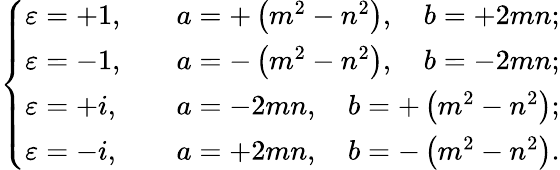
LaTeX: {\left\{ \begin{array}{ll}{\varepsilon=+1,}&{\quad a=+\left(m^{2}-n^{2}\right),\quad b=+2mn;}\\ {\varepsilon=-1,}&{\quad a=-\left(m^{2}-n^{2}\right),\quad b=-2mn;}\\ {\varepsilon=+i,}&{\quad a=-2mn,\quad b=+\left(m^{2}-n^{2}\right);}\\ {\varepsilon=-i,}&{\quad a=+2mn,\quad b=-\left(m^{2}-n^{2}\right).}\end{array}\right.}